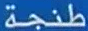
طنجة